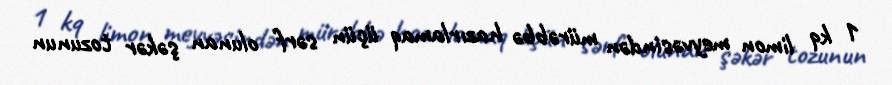
1 kq limon meyvəsindən mürəbbə hazırlamaq üçün sərf olunan şəkər tozunun